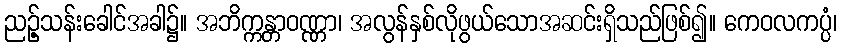
ညဉ့်သန်းခေါင်အခါ၌။ အဘိက္ကန္တာဝဏ္ဏာ၊ အလွန်နှစ်လိုဖွယ်သောအဆင်းရှိသည်ဖြစ်၍။ ကေဝလကပ္ပံ၊